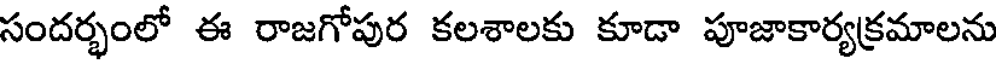
సందర్భంలో ఈ రాజగోపుర కలశాలకు కూడా పూజాకార్యక్రమాలను